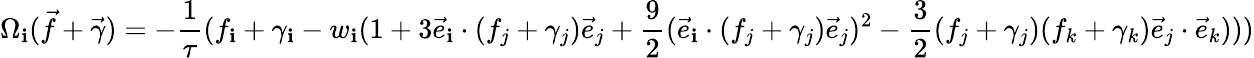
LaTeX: \Omega_{\mathbf{i}}(\vec{{f}}+\vec{{\gamma}})=-\frac{{1}}{{\tau}}(f_{\mathbf{i}}+\gamma_{\mathbf{i}}-{w_{\mathbf{i}}}(1+3\vec{{e}}_{\mathbf{i}}\cdot(f_{j}+\gamma_{j})\vec{{e}}_{j}+\frac{{9}}{{2}}(\vec{{e}}_{\mathbf{i}}\cdot(f_{j}+\gamma_{j})\vec{{e}}_{j})^{2}-\frac{{3}}{{2}}(f_{j}+\gamma_{j})(f_{k}+\gamma_{k})\vec{{e}}_{j}\cdot\vec{{e}}_{k})))